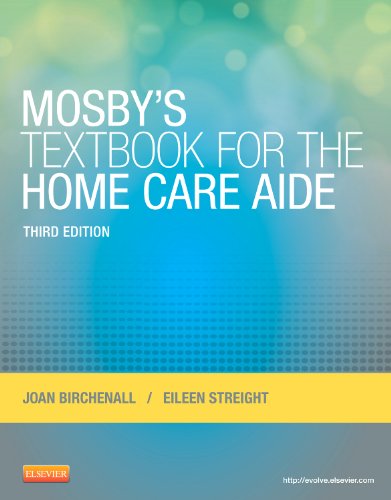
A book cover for Mosby's Textbook for the Home Care Aide, 3e; Joan M. Birchenall RN  MEd; Medical Books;